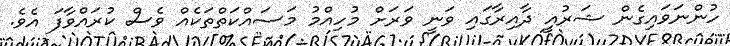
ހުންނަވައިގެން ޝަރުއީ ދާއިރާގައި ވަނީ ވަރަށް މުހިއްމު މަސައްކަތްތަކެއް ވެސް ކުރައްވާފަ އެވެ.